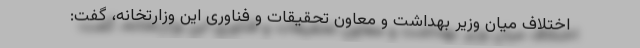
اختلاف میان وزیر بهداشت و معاون تحقیقات و فناوری این وزارتخانه، گفت: